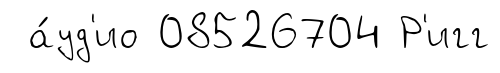
а́уд'ио 08526704 Р'игг